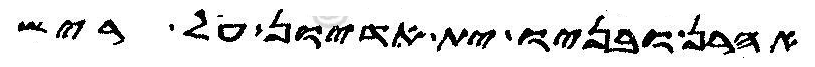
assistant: אהרן ובניו ית אדיון על ריש